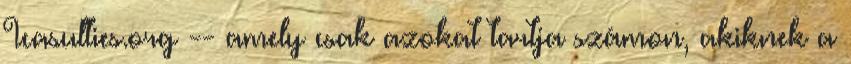
Icasulties.org -- amely csak azokat tartja számon, akiknek a